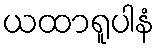
ယထာရူပါနံ